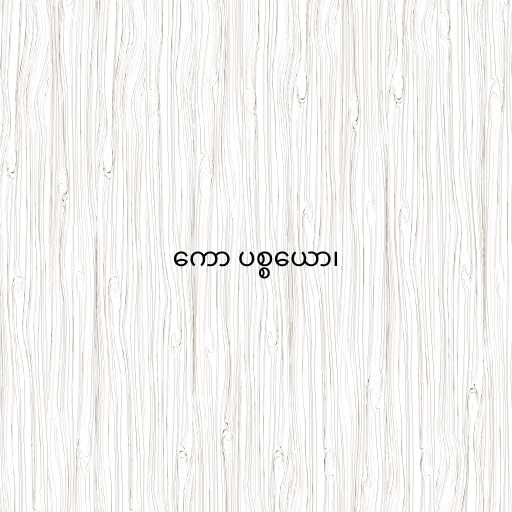
ကော ပစ္စယော၊